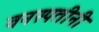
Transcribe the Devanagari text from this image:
वनस्पतीनी